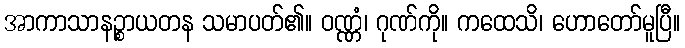
အာကာသာနဉ္စာယတန သမာပတ်၏။ ဝဏ္ဏံ၊ ဂုဏ်ကို။ ကထေသိ၊ ဟောတော်မူပြီ။